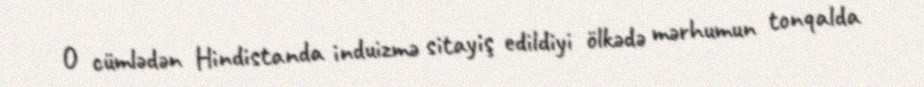
O cümlədən Hindistanda induizmə sitayiş edildiyi ölkədə mərhumun tonqalda